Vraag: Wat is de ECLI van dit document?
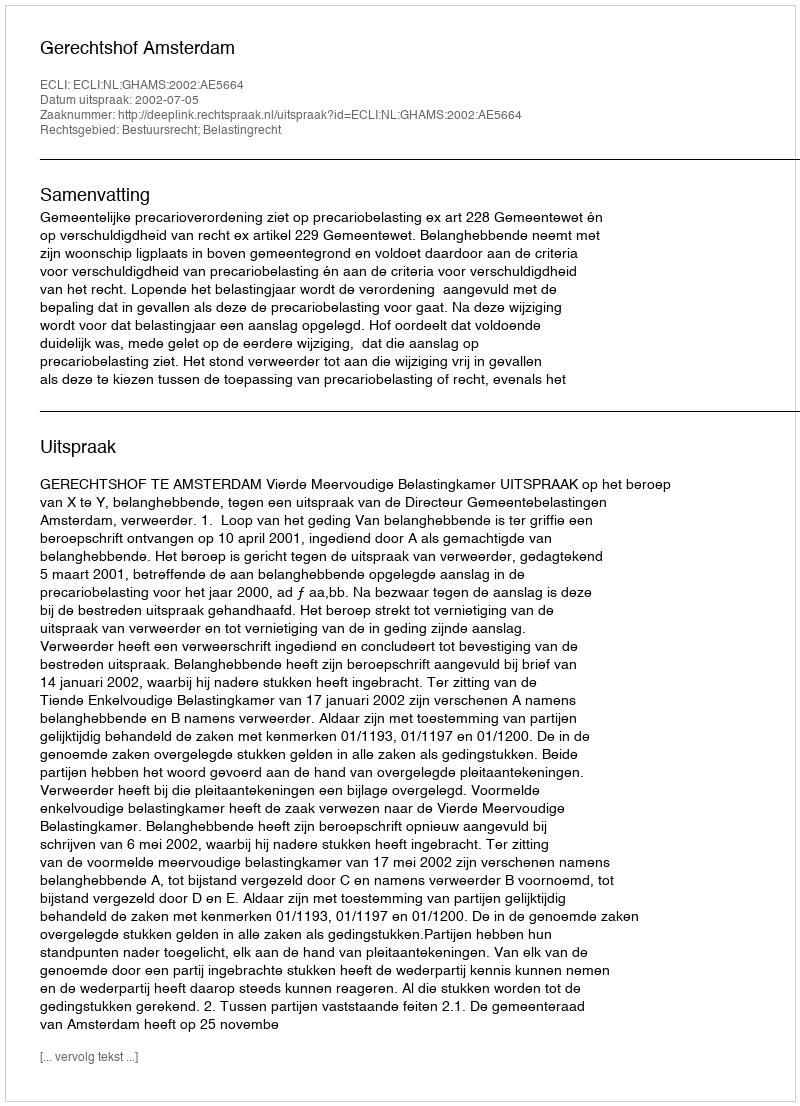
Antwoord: ECLI:NL:GHAMS:2002:AE5664